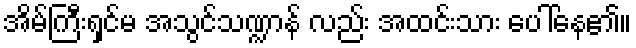
အိမ်ကြီးရှင်မ အသွင်သဏ္ဍာန် လည်း အထင်းသား ပေါ်နေ၏။